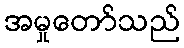
အမှုတော်သည်